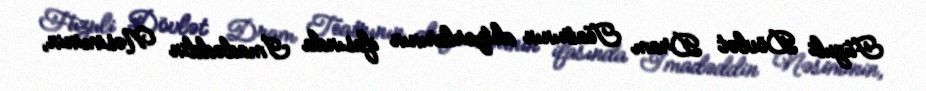
Füzuli Dövlət Dram Teatrının aktyorlarının ifasında İmadəddin Nəsiminin,